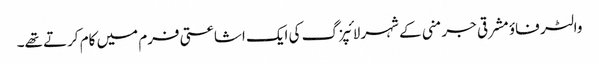
والٹر فاؤ مشرقی جرمنی کے شہر لائپزگ کی ایک اشاعتی فرم میں کام کرتے تھے۔